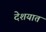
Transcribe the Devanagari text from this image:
देशयात